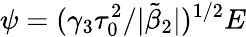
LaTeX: \psi=(\gamma_{3}\tau_{0}^{2}/|\tilde{\beta}_{2}|)^{1/2}E